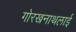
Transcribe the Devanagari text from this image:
गोरखनाथलाई